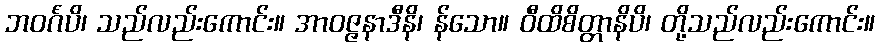
ဘဝင်္ဂံပိ၊ သည်လည်းကောင်း။ အာဝဇ္ဇနာဒီနိ၊ န်သော။ ဝီထိစိတ္တာနိပိ၊ တို့သည်လည်းကောင်း။